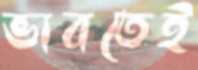
ভাবতেই